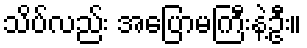
သိပ်လည်း အပြောမကြီးနဲ့ဦး။